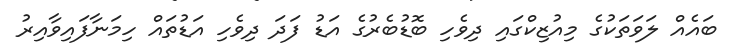
ބައެއް ލަވަތަކުގެ މިއުޒިކްގައި ދިވެހި ބޮޑުބެރުގެ އަޑު ފަދަ ދިވެހި އަޑުތައް ހިމަނާފައިވާއިރު